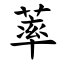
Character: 䔞